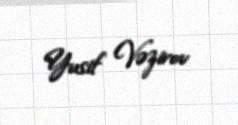
Yusif Vəzirov